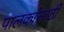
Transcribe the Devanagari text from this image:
पालकांसाठी